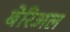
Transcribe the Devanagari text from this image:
बेरिअल